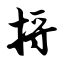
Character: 捋